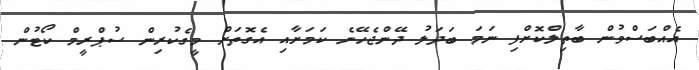
އެއްބަސްވުން ބާތިލްކޮށްފި ނަމަ ބަދަލު ދޭންޖެހޭނެ ކަމަށާއި އެގޮތަށް މީގެކުރިން ސުޕްރީމް ކޯޓުން